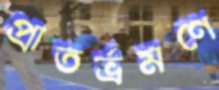
প্রাতর্ভ্রমণে